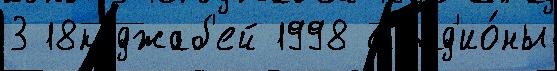
3 18коджаб'ей 1998 Стад'ио́ны